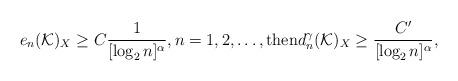
LaTeX: \begin{align*}e_n({\mathcal K})_X\geq { C}\frac{1}{[\log_2 n]^\alpha},n=1,2,\ldots,\hbox{then}d_n^{\gamma}({\mathcal K})_X\geq \frac{C'}{[\log_2 n]^{\alpha}},\end{align*}